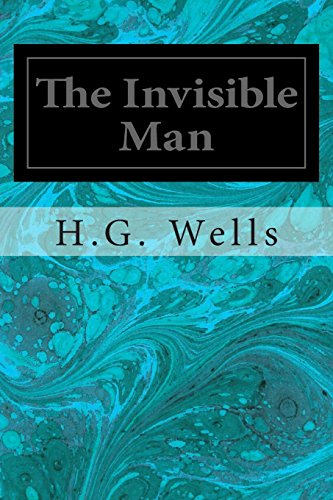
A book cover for The Invisible Man; H.G. Wells; Teen & Young Adult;